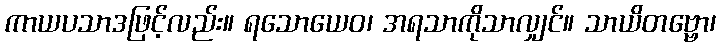
ကာယပသာဒဖြင့်လည်း။ ရသောယေဝ၊ အရသာကိုသာလျှင်။ သာယိတဗ္ဗော၊